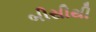
બીસીથી